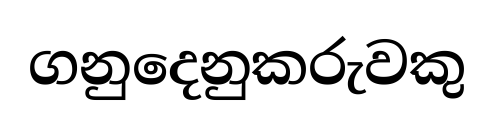
ගනුදෙනුකරුවකු